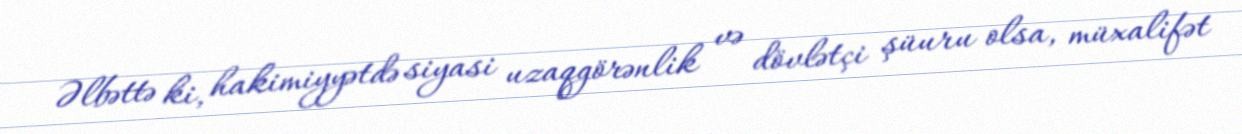
Əlbəttə ki, hakimiyyətdə siyasi uzaqgörənlik və dövlətçi şüuru olsa, müxalifət